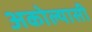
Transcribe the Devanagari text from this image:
अकोल्यासी